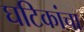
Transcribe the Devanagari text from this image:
घटिकांचा